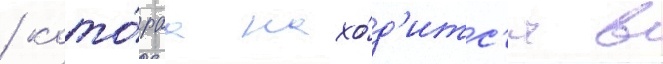
/ кото́раа нахо́д'итс'я в